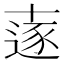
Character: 𠦹